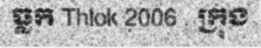
ធ្លក Thlok 2006 . ក្រុង